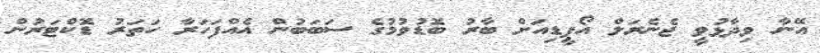
އޭނާ ވިދާޅުވީ ޖެނެރަލް އޯޕީޑިއަށް ބާރު ބޮޑުވުމުގެ ސަބަބުން އެއްފަހަރާ ހަތަރު ޑޮކްޓަރުން